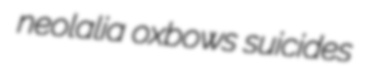
neolalia oxbows suicides